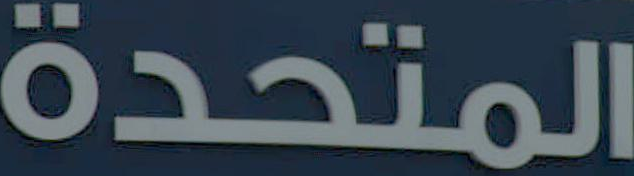
المتحدة